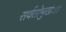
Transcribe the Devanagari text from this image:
सर्वतोमुखः।।